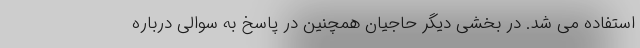
استفاده می شد. در بخشی دیگر حاجیان همچنین در پاسخ به سوالی درباره